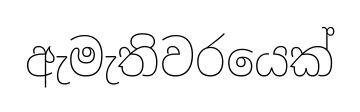
ඇමැතිවරයෙක්